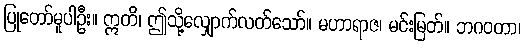
ပြုတော်မူပါဦး။ ဣတိ၊ ဤသို့လျှောက်လတ်သော်။ မဟာရာဇ၊ မင်းမြတ်။ ဘဂဝတာ၊